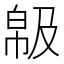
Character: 𢃺